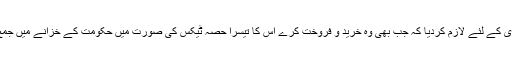
ہر شہری کے لئے لازم کردیا کہ جب بھی وہ خرید و فروخت کرے اس کا تیسرا حصہ ٹیکس کی صورت میں حکومت کے خزانے میں جمع کرے۔